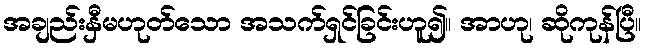
အချည်းနှီမဟုတ်သော အသက်ရှင်ခြင်းဟူ၍။ အာဟု၊ ဆိုကုန်ပြီ။